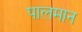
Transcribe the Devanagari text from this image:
पालमान